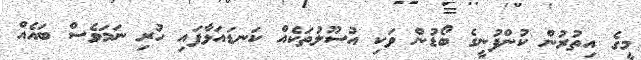
މީގެ އިތުރުން ކުންފުނީގެ ބޯޑުން ވަކި އުސޫލުތަކެއް ކަނޑައަޅާފައި ހުރި ނަަމަވެސް ބައެއް